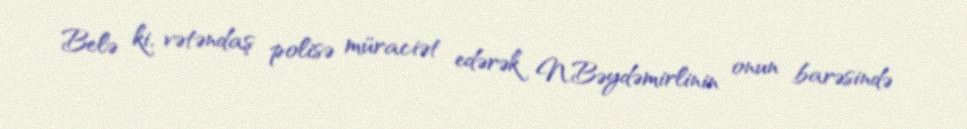
Belə ki, vətəndaş polisə müraciət edərək N.Bəydəmirlinin onun barəsində